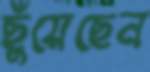
ছুঁয়েছেন